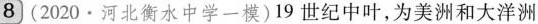
8 (2020 · 河北衡水中学一模)19 世纪中叶，为美洲和大洋洲